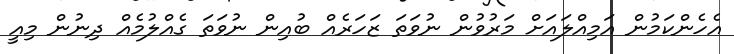
އެހެންކަމުން އަމިއްލައަށް މަރުވުން ނުވަތަ ޒަހަރެއް ބުއިން ނުވަތަ ގެއްލުމެއް ދިނުން މިއީ